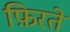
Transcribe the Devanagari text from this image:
फ़िरते